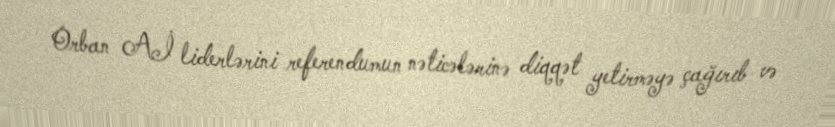
Orban Aİ liderlərini referendumun nəticələrinə diqqət yetirməyə çağırıb və